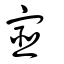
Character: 宧